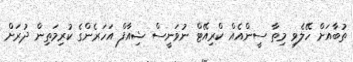
ތުބާއަށް ހޭލެވި މިތާ ސީންއެއް ކްރިއޭޓް ނުވަނީސް ޝިއާފް އަހަރެންގެ ކުރިމަތިން ދުރަށް